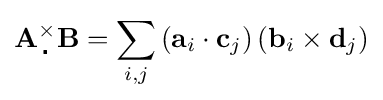
\mathbf {A} {}_{\,\centerdot }^{\times }\mathbf {B} =\sum _{i,j}\left(\mathbf {a} _{i}\cdot \mathbf {c} _{j}\right)\left(\mathbf {b} _{i}\times \mathbf {d} _{j}\right)